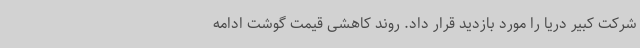
شرکت کبیر دریا را مورد بازدید قرار داد. روند کاهشی قیمت گوشت ادامه